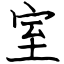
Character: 室